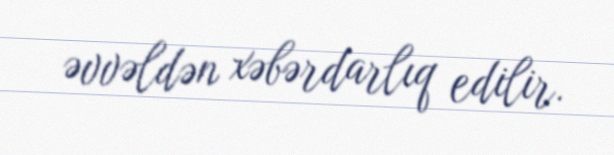
əvvəldən xəbərdarlıq edilir.